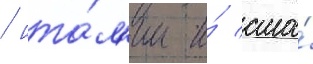
/ ита́л'ии и́ сша́